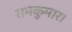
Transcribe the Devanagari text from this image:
रामकुमार।